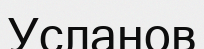
Усланов